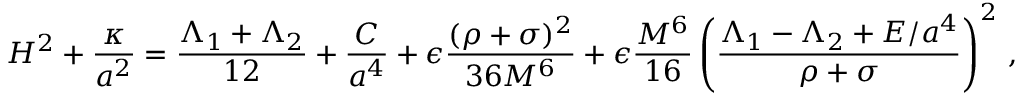
H ^ { 2 } + { \frac { \kappa } { a ^ { 2 } } } = { \frac { \Lambda _ { 1 } + \Lambda _ { 2 } } { 1 2 } } + { \frac { C } { a ^ { 4 } } } + \epsilon { \frac { ( \rho + \sigma ) ^ { 2 } } { 3 6 M ^ { 6 } } } + \epsilon { \frac { M ^ { 6 } } { 1 6 } } \left( { \frac { \Lambda _ { 1 } - \Lambda _ { 2 } + E / a ^ { 4 } } { \rho + \sigma } } \right) ^ { 2 } \, ,